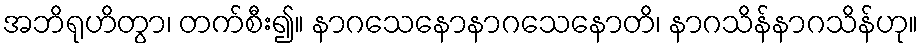
အဘိရုဟိတွာ၊ တက်စီး၍။ နာဂသေနောနာဂသေနောတိ၊ နာဂသိန်နာဂသိန်ဟု။